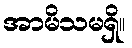
အာမိသမရှိ။